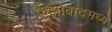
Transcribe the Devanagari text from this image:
फैझाबादमध्ये